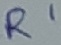
Text: R1